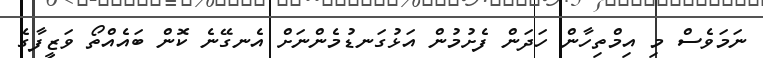
ނަމަވެސް މި އިމްތިހާން ހަދަން ފެށުމުން އަޅުގަނޑުމެންނަށް އެނގޭނެ ކޮން ބައެއްތޯ ވަޒީފާގެ